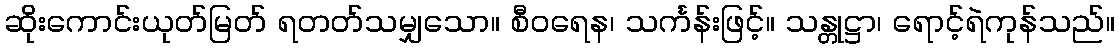
ဆိုးကောင်းယုတ်မြတ် ရတတ်သမျှသော။ စီဝရေန၊ သင်္ကန်းဖြင့်။ သန္တုဋ္ဌာ၊ ရောင့်ရဲကုန်သည်။